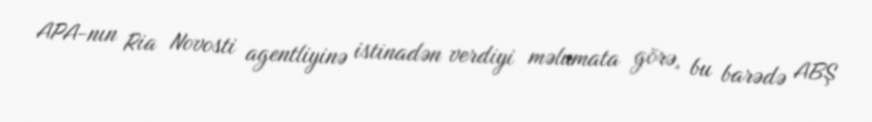
APA-nın Ria Novosti agentliyinə istinadən verdiyi məlumata görə, bu barədə ABŞ